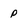
Character: p